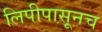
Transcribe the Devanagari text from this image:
लिपीपासूनच